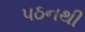
પઠનથી